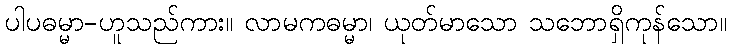
ပါပဓမ္မာ-ဟူသည်ကား။ လာမကဓမ္မာ၊ ယုတ်မာသော သဘောရှိကုန်သော။